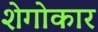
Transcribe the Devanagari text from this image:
शेगोकार